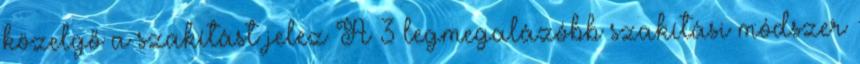
közelgő a szakítást jelez A 3 legmegalázóbb szakítási módszer